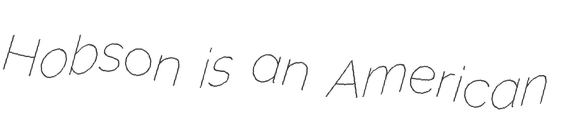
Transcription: Hobson is an American